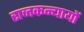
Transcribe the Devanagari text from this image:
राजकन्यायों